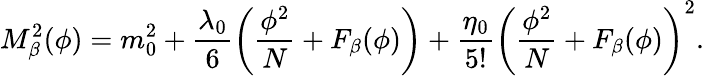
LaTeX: M_{\beta}^{2}(\phi)=m_{0}^{2}+\frac{\lambda_{0}}{6}\left(\frac{\phi^{2}}{N}+F_{\beta}(\phi)\right)+\frac{\eta_{0}}{5!}\left(\frac{\phi^{2}}{N}+F_{\beta}(\phi)\right)^{2}.